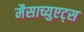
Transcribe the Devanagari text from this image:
मैसाच्युएट्स